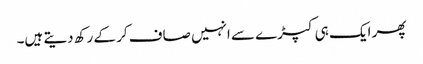
پھر ایک ہی کپڑے سے انہیں صاف کر کے رکھ دیتے ہیں۔